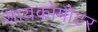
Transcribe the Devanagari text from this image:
सायकोमोटर